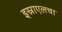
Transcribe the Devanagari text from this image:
इस्राएलचा